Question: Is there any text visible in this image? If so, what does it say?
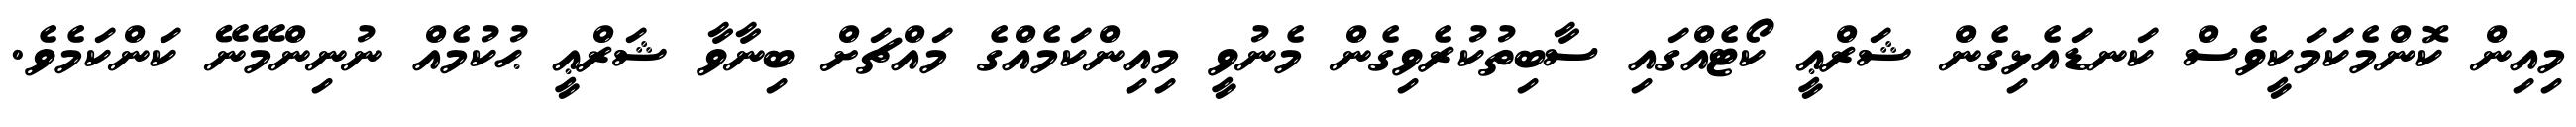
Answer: މިއިން ކޮންމެކަމަކީވެސް ކަނޑައެޅިގެން ޝަރްޢީ ކޯޓެއްގައި ސާބިތުކުރެވިގެން މެނުވީ މިއިންކަމެއްގެ މައްޗަށް ބިނާވާ ޝަރްޢީ ޙުކުމެއް ނުނިންމޭނޭ ކަންކަމެވެ.